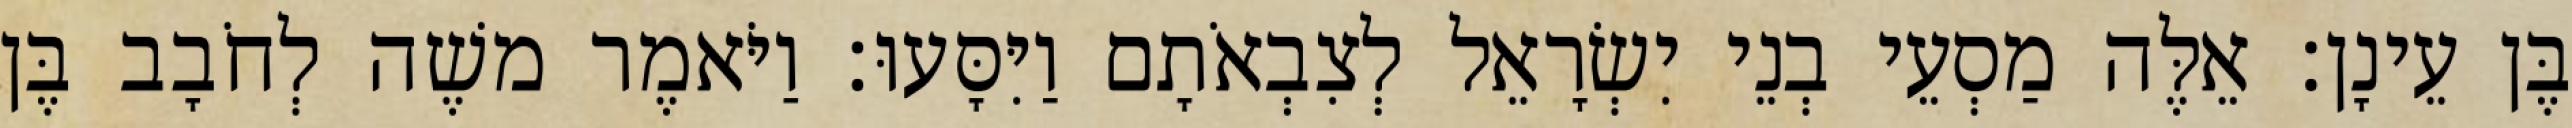
בֶּן עֵינָן׃ אֵלֶּה מַסְעֵי בְנֵי יִשְׂרָאֵל לְצִבְאֹתָם וַיִּסָּעוּ׃ וַיֹּאמֶר משֶׁה לְחֹבָב בֶּן